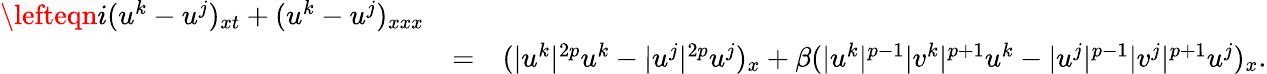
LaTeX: \begin{array}{rlr}{\lefteqn{i(u^{k}-u^{j})_{xt}+(u^{k}-u^{j})_{xxx}}}\\ &{=}&{(|u^{k}|^{2p}u^{k}-|u^{j}|^{2p}u^{j})_{x}+\beta(|u^{k}|^{p-1}|v^{k}|^{p+1}u^{k}-|u^{j}|^{p-1}|v^{j}|^{p+1}u^{j})_{x}.}\end{array}